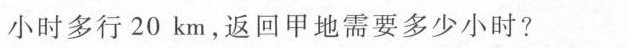
小时多行20km，返回甲地需要多少小时?